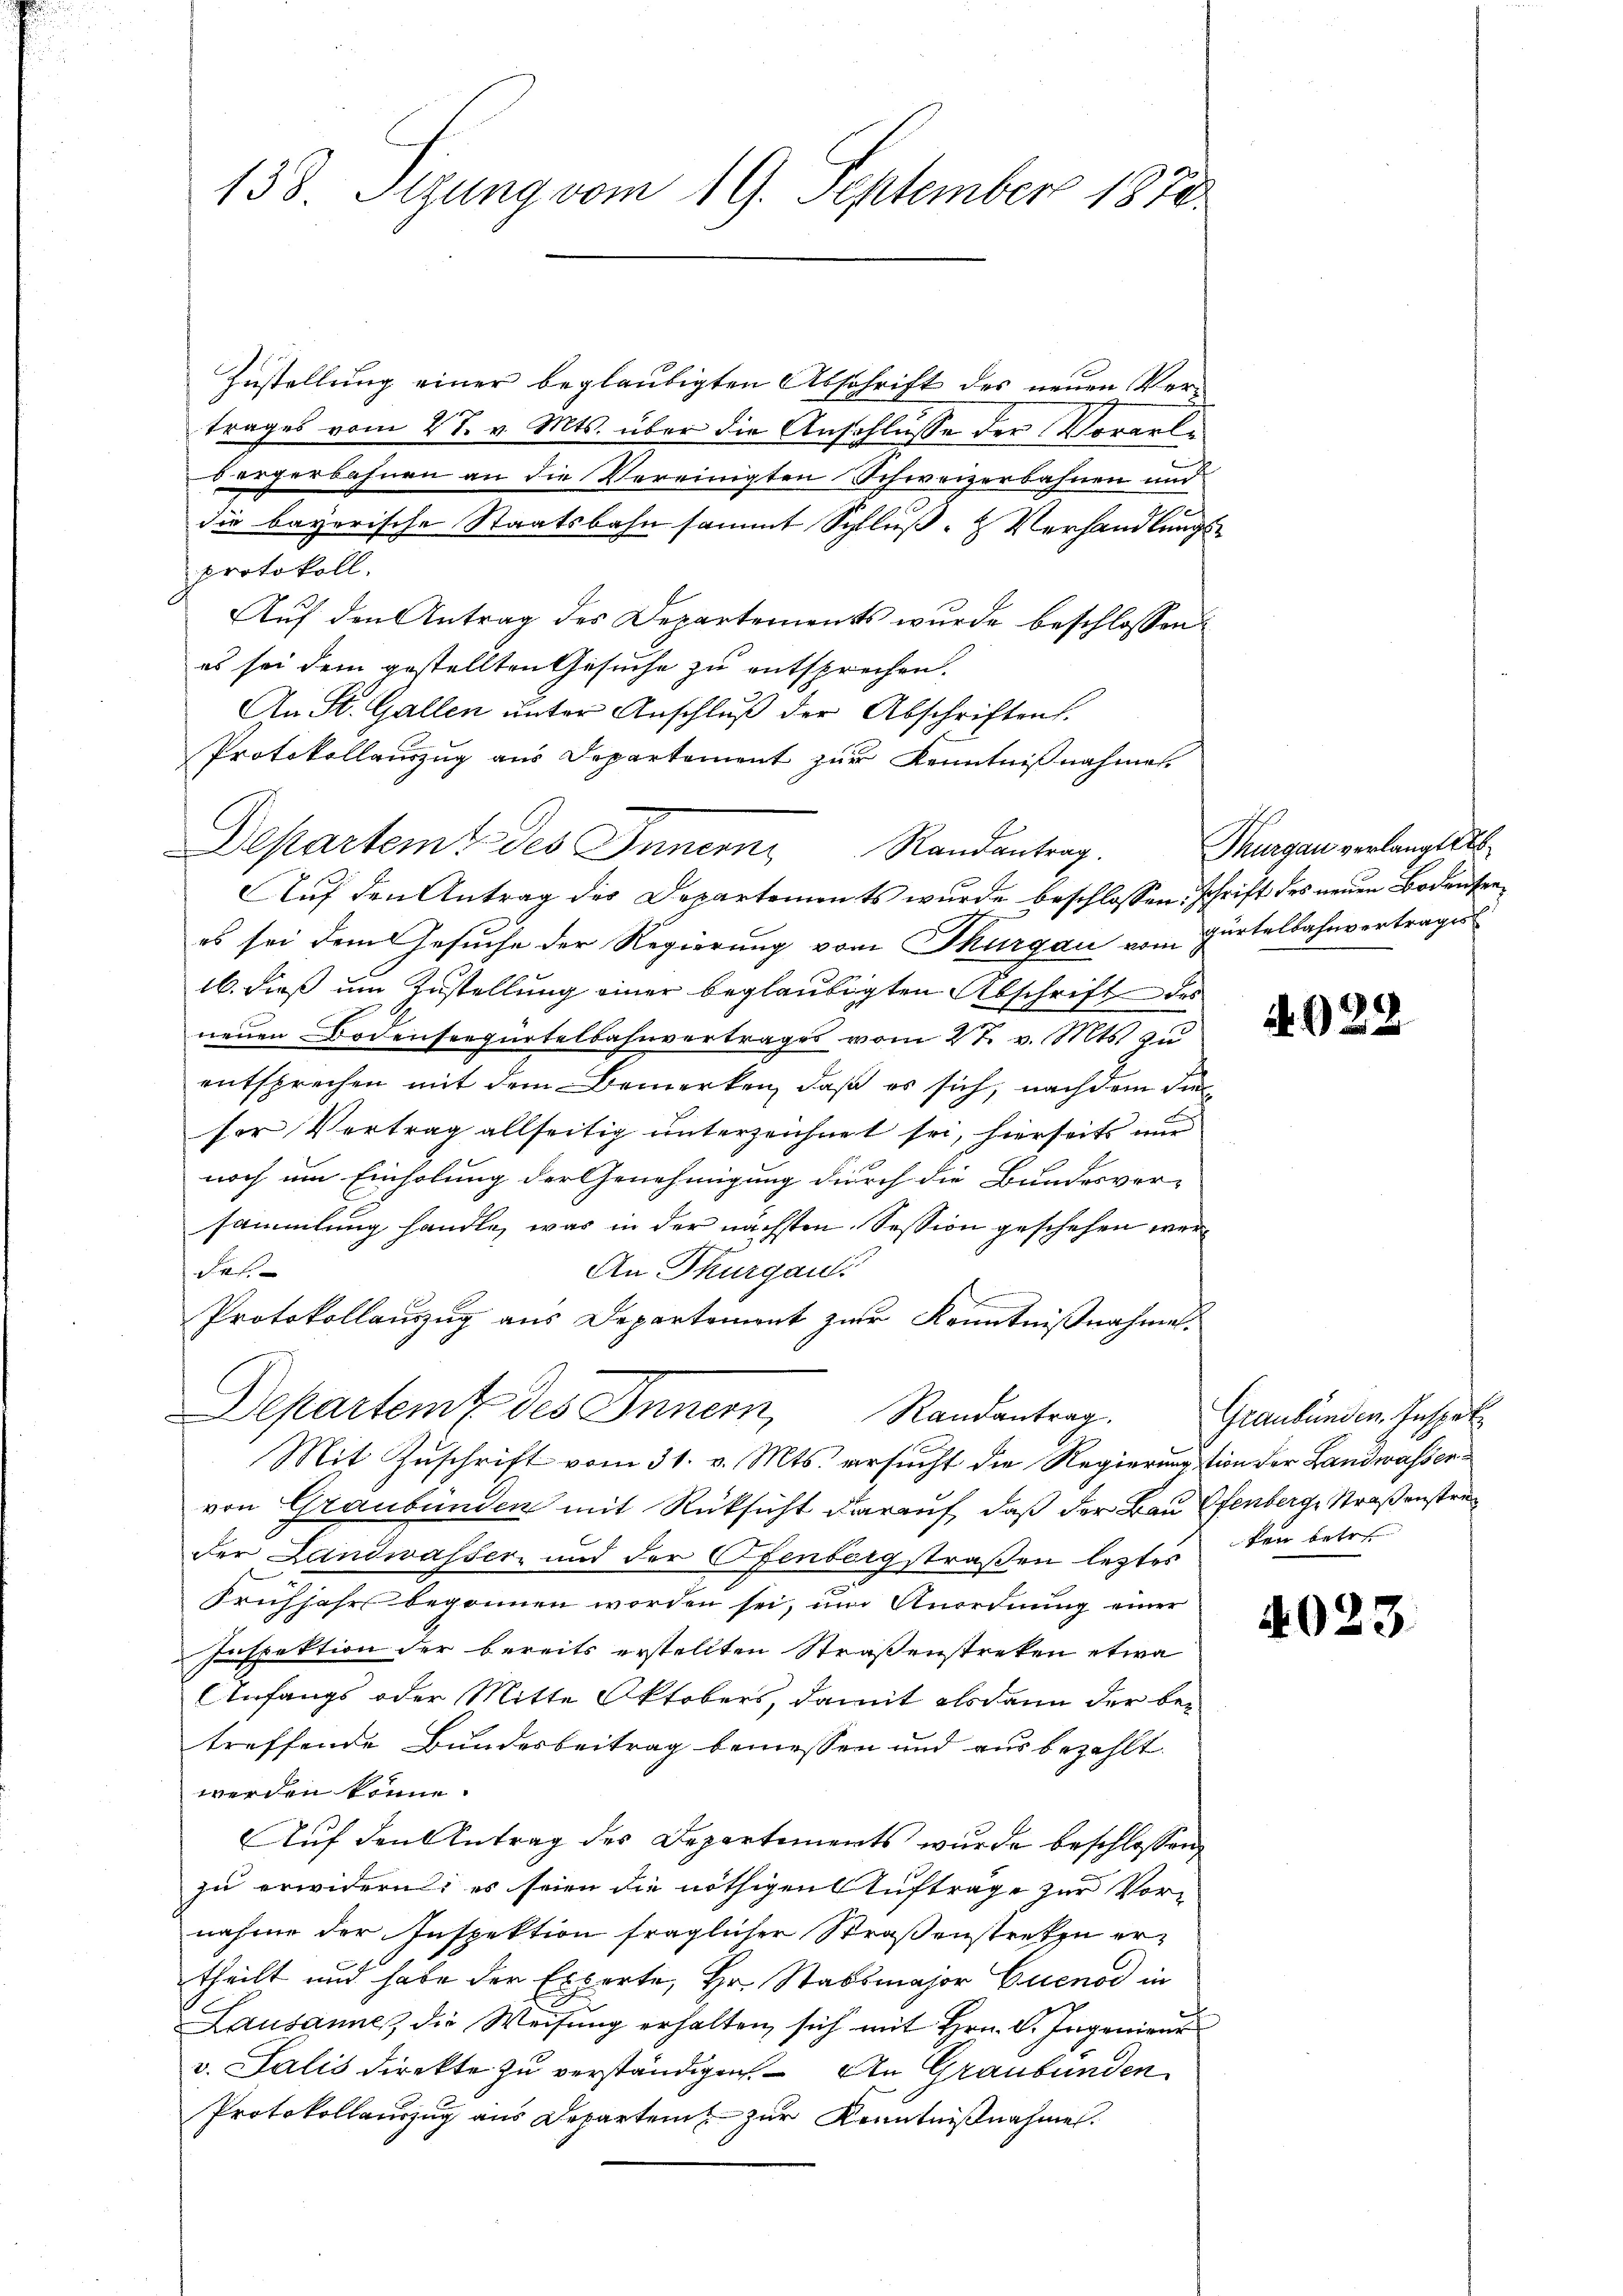
138. Sizung vom 19. September 1870.

Zustellung einer beglaubigten Abschrift des neuen Vertrages vom 27. v. Mts. über die Anschlusse der Vorarlvergerbahnen an die Vereinigten Schweizerbahnen und
die bayerische Staatsbahn sammt Schluß- & Verhandlungsprotokoll.
Auf den Antrag des Departements wurde beschlossen:
es sei dem gestellten Gesuche zu entsprechen.
An St. Gallen unter Anschluß der Abschriften.
Protokollauszug aus Departement zur Kenntnißnahmen.
Departemt des Innern Randantrag.
Auf den Antrag des Departements wurde beschlossen, schrift des neuen Bodenseees sei dem Gesuche der Regierung vom Thurgau vom Gürtelbahnvertrages
16. dieß um Zustellung einer beglaubigten Abschrift des
neuen Bodenseegürtelbahnvertrages vom 27. v. Mts. zu
entsprechen mit dem Bemerken, daß es sich, nachdem die
ser Vertrag allseitig unterzeichnet sei, hierseits nur
noch um Einholung der Genehmigung durch die Bundesver-
sammlung handle, was in der nächsten Session geschehen wer¬
An Thurgau.
Frs.
Protokollauszug aus Departement zur Kenntnißnahme.
Departeme des Innern Randantrag.
Mit Zuschrift vom 31. v. Mts. ersucht die Regierungstion der Landwasservon Graubünden mit Rücksicht darauf, daß der Bau Ofenberge Straßenstrader Landwasser- und der Ofenbergstraßen leztes den betre
Frühjahr begonnen worden sei, um Anordnung einer
Inspektion der bereits erstellten Straßenstreken etwa
Anfangs oder Mitte Oktobers, damit alsdann der bei
treffende Bundesbeitrag bemessen und aus bezahlt.
werden könne.
Auf den Antrag des Departements wurde beschlossen,
zu erwidern; es seien die nöthigen Aufträge zur Vornahme der Inspektion fraglicher Straßenstreken ertheilt und habe der Experte, Hr. Stabsmajor Cuenod in
Lausanne, die Weisŭng erhalten sich mit Hrn. C. Ingenieur
v. Salis direkte zu verständigen. An Graubünden
Protokollauszug aus Departen zur Kenntnißnahme.

Thurgau verlangte s

4922

Graubünden. Inspet

4023.